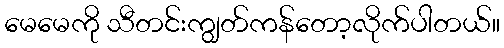
မေမေကို သီတင်းကျွတ်ကန်တော့လိုက်ပါတယ်။